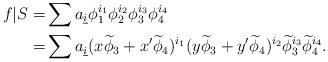
LaTeX: \begin{align*}f|S =& \sum a_{\underline{i}} \phi_{1}^{i_1} \phi_{2}^{i_2} \phi_{3}^{i_{3}} \phi_{4}^{i_4} \\=& \sum a_{\underline{i}} (x \widetilde{\phi}_{3} + x' \widetilde{\phi}_{4})^{i_{1}} (y \widetilde{\phi}_{3} + y' \widetilde{\phi}_{4})^{i_{2}} \widetilde{\phi}_{3}^{i_3} \widetilde{\phi}_{4}^{i_4}.\end{align*}